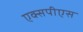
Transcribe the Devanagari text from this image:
एक्सपीएस